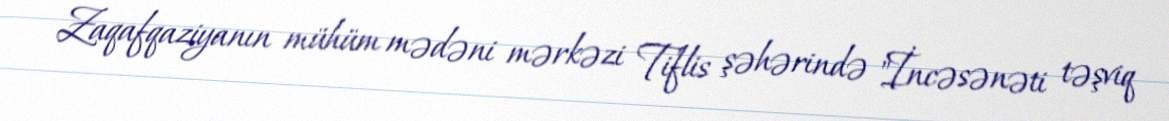
Zaqafqaziyanın mühüm mədəni mərkəzi Tiflis şəhərində "İncəsənəti təşviq